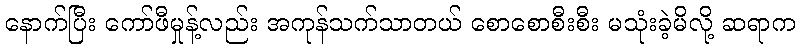
နောက်ပြီး ကော်ဖီမှုန့်လည်း အကုန်သက်သာတယ် စောစောစီးစီး မသုံးခဲ့မိလို့ ဆရာက